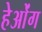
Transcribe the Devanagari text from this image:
हेओंग